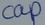
Text: cap